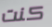
كنت